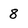
Character: 8